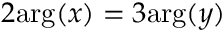
2 \mathrm { a r g } ( x ) = 3 \mathrm { a r g } ( y )